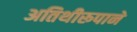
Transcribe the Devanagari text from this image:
अतिथीरूपाने